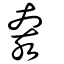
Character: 奒